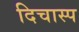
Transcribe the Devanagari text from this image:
दिचास्प